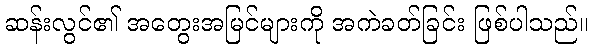
ဆန်းလွင်၏ အတွေးအမြင်များကို အကဲခတ်ခြင်း ဖြစ်ပါသည်။